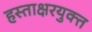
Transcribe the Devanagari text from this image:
हस्ताक्षरयुक्त